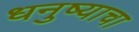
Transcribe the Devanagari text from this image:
धनुष्याचा